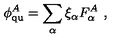
\phi _ { \mathrm { q u } } ^ { A } = \sum _ { \alpha } \xi _ { \alpha } F _ { \alpha } ^ { A } \ ,